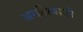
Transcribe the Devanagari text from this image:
अनधिवासी